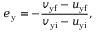
e _ { \mathrm { y } } = - { \frac { v _ { \mathrm { y f } } - u _ { \mathrm { y f } } } { v _ { \mathrm { y i } } - u _ { \mathrm { y i } } } } ,